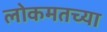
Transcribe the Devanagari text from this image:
लोकमतच्या